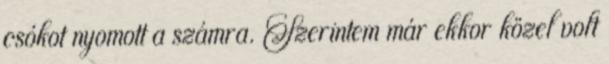
csókot nyomott a számra. Szerintem már ekkor közel volt